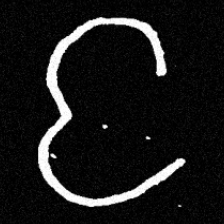
Pyu character \u2014 Myanmar letter: င (romanized: nga)